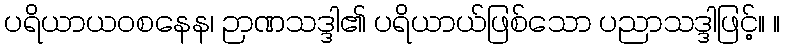
ပရိယာယဝစနေန၊ ဉာဏသဒ္ဒါ၏ ပရိယာယ်ဖြစ်သော ပညာသဒ္ဒါဖြင့်။ ။